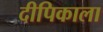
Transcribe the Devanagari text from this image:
दीपिकाला